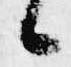
候